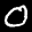
Label: 0